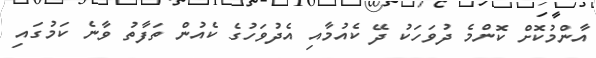
އާންމުކޮށް ކޮންމެ ދުވަހަކު ދޭ ކެއުމާއި އެދުވަހުގެ ކެއުން ތަފާތު ވާނެ ކަމުގައި